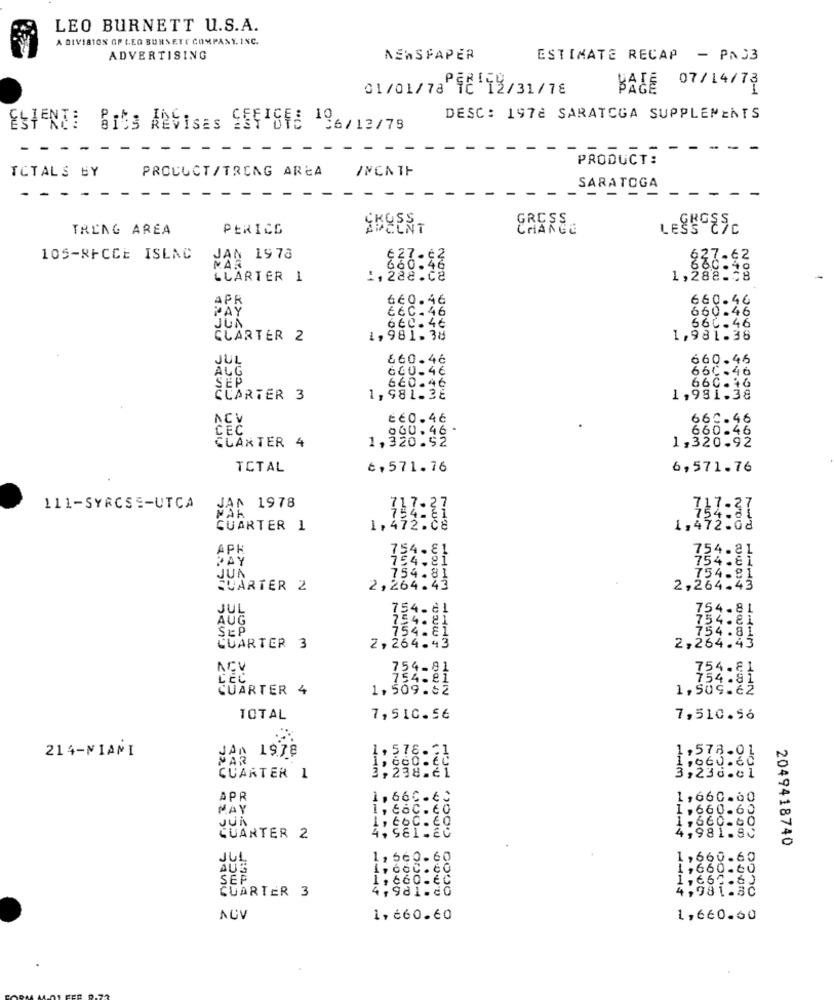
LEO BURNETT U.S.A.
A DIVISION GF LEG BURSETE COMPANY. INC.
ADVERTISING
NEWSPAPER
ESTIMATE RECAP - PA33
07/14/73
01/01/78 9E 12/31/78
BAJE
DESC: 1978 SARATOGA SUPPLEMENTS
ESHENTE Bits ARVisas 9551SFE 196/13/79
-
- -
PRODUCT:
PRODUCT/TRONG AREA
TOTALS BY
SARATOGA
--
- - -
SKOSS.
GRESS
TRLAG AREA
PERICG
CHANGE
LESS CZC
105-RFCCE ISLNC
JAN 1978
627.62
627-62
PAR
660.46
LCARTER 1
1,288:38
APF
660.46
660.46
66C.46
660.46
660.46
560-46
CLARTER 2
1,981.38
1,981.38
660.46
660.46
ALG
600.46
660.46
SEP
660.46
660.46
CCARTER 3
1,981.38
1,981.38
ÉÉ0.4ć
660.46
ACY
890.46 .
660-46
1,320.92
1,320.92
CLAXTER 4
TOTAL
8,571.76
6,571.76
111-SYRCSE-UTCA
1978
317-37
NAR
117:31
1,472:84
COARTER 1
1,472:88
APR
754.81
754.81
PAY
754.81
754.81
JUN
754.81
754.81
QUARTER 2
2,264.43
2,264.43
JUL
754.81
754.81
AUG
254.81
754.81
SEP
CUARTER
54.81
2,264.43
754. 81
3
2,264.43
ACV
754-81
754.81
LEC
CUARTER 4
1,569:52
1, Sus.82
TOTAL
7,510.56
7,510.56
214-NIANI
NAA 1978
,576.
,578.0
660.60
1,9
CUARTER 1
3,298:81
,23d.C.
APR
1.66C.60
1,660.00
MAY
1,66C.60
1,660.60
JUN
coc. co
QUARTER 2
4, 981-20
4,981.80
2049418740
JUL
1, 560.60
1,660.60
AU?
1,660.00
SEP
1, 660- EC
CUARTER 3
4,981.00
4,9
1,6
981.80
AGV
1, 660.60
1,660.60